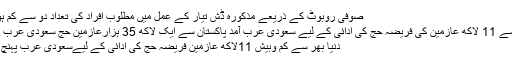
صوفی روبوٹ کے ذریعے مذکورہ ڈش تیار کے عمل میں مطلوب افراد کی تعداد دو سے کم ہو ... مزید
دنیا بھر سے 11 لاکھ عازمین کی فریضہ حج کی ادائی کے لیے سعودی عرب آمد پاکستان سے ایک لاکھ 35 ہزارعازمین حج سعودی عرب پہنچ گئے
دنیا بھر سے کم وبیش 11لاکھ عازمین فریضہ حج کی ادائی کے لیےسعودی عرب پہنچ گئے ہیں۔